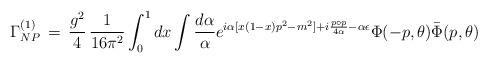
LaTeX: \begin{align*}\Gamma_{NP}^{(1)}\,=\,\frac{g^2}{4}\,\frac{1}{16 \pi^2}\int_0^1 dx \int\frac{d\alpha}{\alpha}e^{i\alpha[x(1-x)p^2 - m^2] + i\frac{p\circ p}{4\alpha} - \alpha \epsilon}\Phi(-p,\theta)\bar{\Phi}(p,\theta)\end{align*}